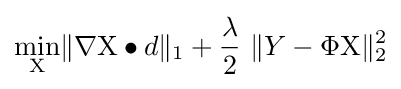
\min _{\mathrm {X} }\lVert \nabla \mathrm {X} \bullet d\rVert _{1}+{\frac {\lambda }{2}}\ \lVert Y-\Phi \mathrm {X} \rVert _{2}^{2}